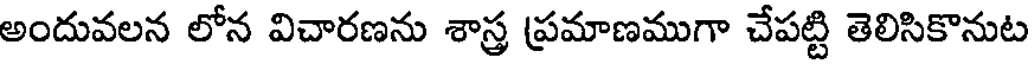
అందువలన లోన విచారణను శాస్త్ర ప్రమాణముగా చేపట్టి తెలిసికొనుట